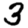
Digit: 3